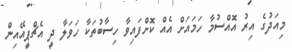
މިއަދުގެ އިރު އޮއްސުމާ ހަމައަށް އެއް ކޮށްފައިވާ ހިސާބުތަކާ ހަވަލާ ދީ އެޗްޕީއޭއިން